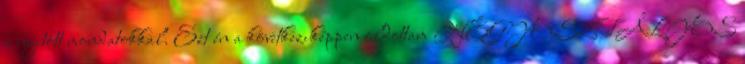
a nyitott mondatokkal. Ezt én a következıképpen oldottam NÉGYOSZTÁLYOS